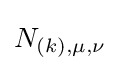
N_{(k),\mu ,\nu }